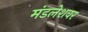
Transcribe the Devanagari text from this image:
मंडलेशवर